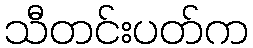
သီတင်းပတ်က